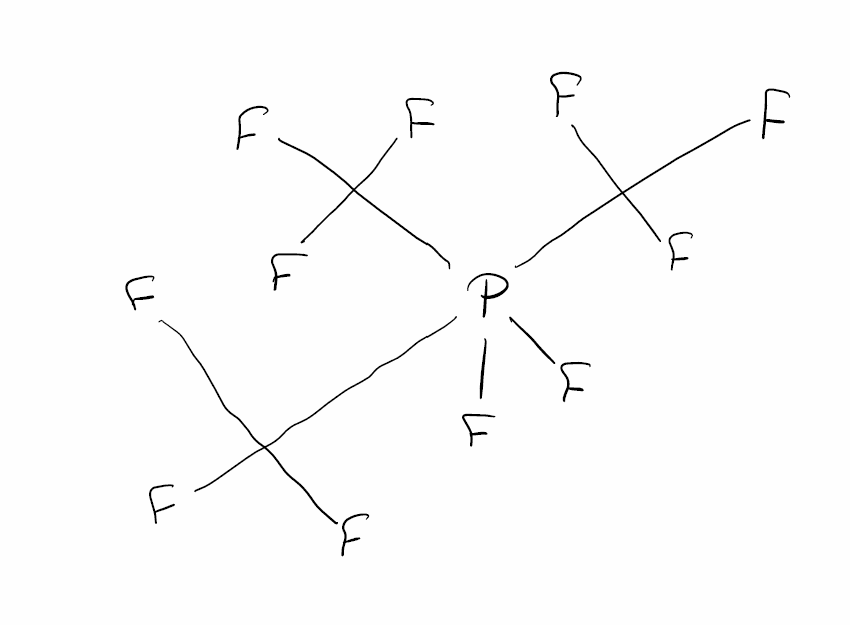
Simplified molecular-input line-entry system (SMILES) notation of the given molecule:
C(F)(F)(F)P(C(F)(F)F)(C(F)(F)F)(F)F